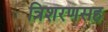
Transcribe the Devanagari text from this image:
त्रिशरणसह